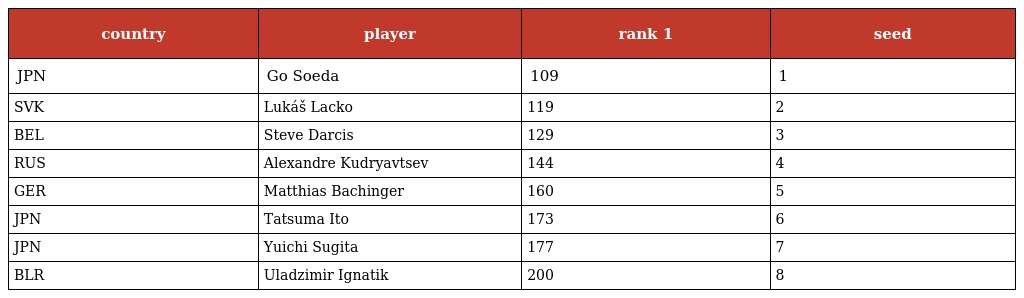
| country | player | rank 1 | seed |
 | --- | --- | --- | --- |
 | JPN | Go Soeda | 109 | 1 |
 | SVK | Lukáš Lacko | 119 | 2 |
 | BEL | Steve Darcis | 129 | 3 |
 | RUS | Alexandre Kudryavtsev | 144 | 4 |
 | GER | Matthias Bachinger | 160 | 5 |
 | JPN | Tatsuma Ito | 173 | 6 |
 | JPN | Yuichi Sugita | 177 | 7 |
 | BLR | Uladzimir Ignatik | 200 | 8 |